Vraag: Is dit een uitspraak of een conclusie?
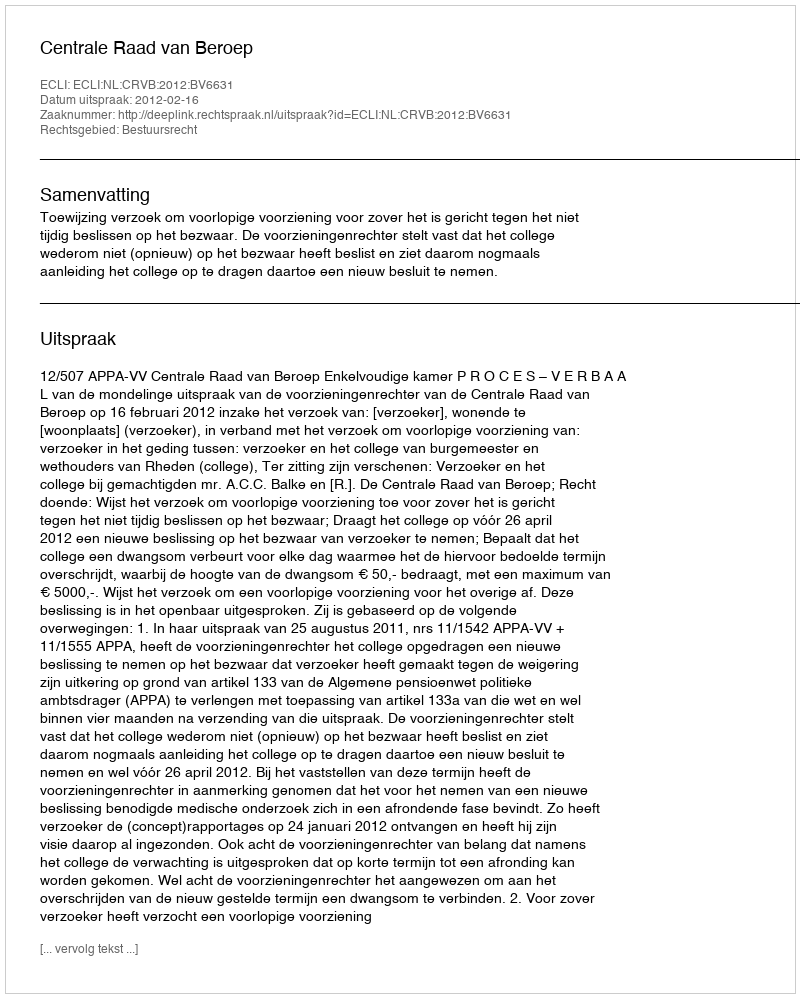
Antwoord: Uitspraak